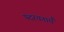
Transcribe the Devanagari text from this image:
पदरचनाएँ